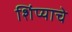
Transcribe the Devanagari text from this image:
शिंप्याचे